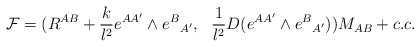
\begin{align*}{\cal F} =(R^{AB} + {k\over l^2} e^{AA'}\wedge e^B{}_{A'},~~ {1\over l^2}D (e^{AA'}\wedge e^B{}_{A'}) ) M_{AB} +c.c.\end{align*}